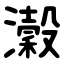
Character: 瀔